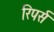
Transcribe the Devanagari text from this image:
रिपर्स